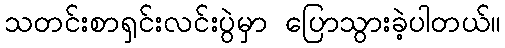
သတင်းစာရှင်းလင်းပွဲမှာ ပြောသွားခဲ့ပါတယ်။